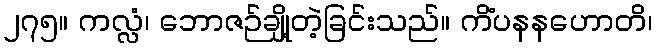
၂၇၅။ ကလ္လံ၊ ဘောဇဉ်ချို့တဲ့ခြင်းသည်။ ကိံပနနဟောတိ၊